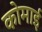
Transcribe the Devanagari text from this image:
कोमाई